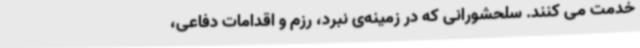
خدمت می کنند. سلحشورانی که در زمینه‌ی نبرد، رزم و اقدامات دفاعی،